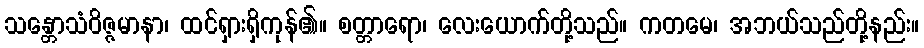
သန္တောသံဝိဇ္ဇမာနာ၊ ထင်ရှားရှိကုန်၏။ စတ္တာရော၊ လေးယောက်တို့သည်။ ကတမေ၊ အဘယ်သည်တို့နည်း။